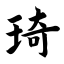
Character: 琦